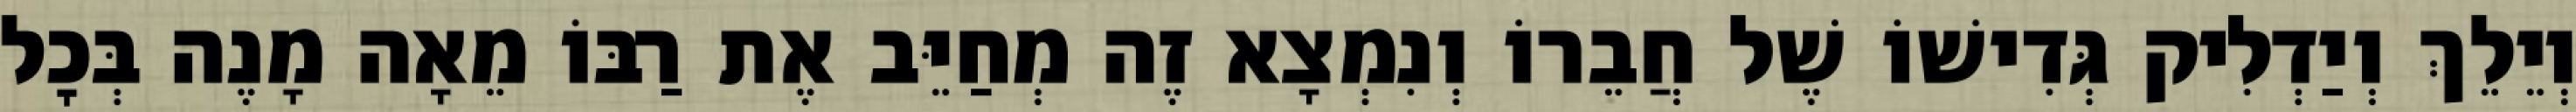
וְיֵלֵךְ וְיַדְלִיק גְּדִישׁוֹ שֶׁל חֲבֵרוֹ וְנִמְצָא זֶה מְחַיֵּב אֶת רַבּוֹ מֵאָה מָנֶה בְּכׇל